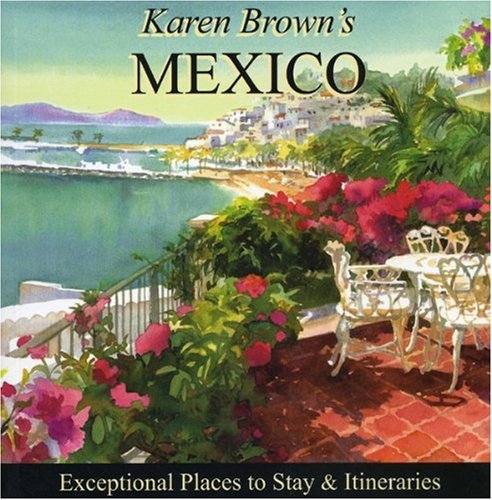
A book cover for Karen Brown's Mexico 2010: Exceptional Places to Stay & Itineraries (Karen Brown's Mexico Charming Inns and Itineraries); Clare Brown; Travel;